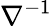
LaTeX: \nabla^{-1}